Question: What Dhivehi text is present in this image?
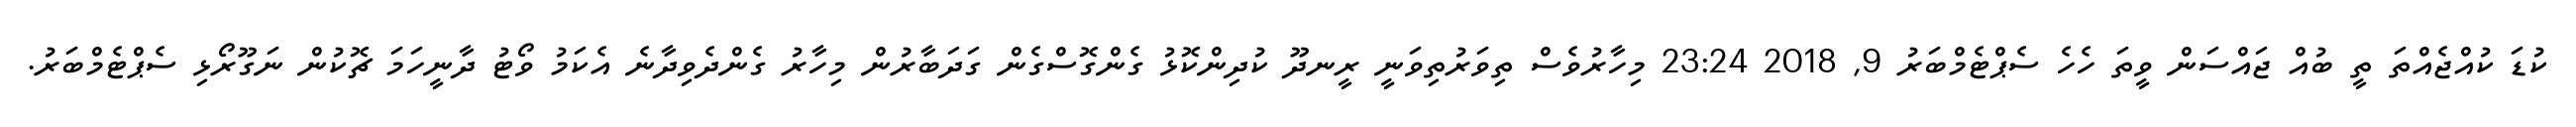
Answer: ކުޑަ ކުއްޖެއްތަ ތީ ބުއް ޖައްސަން ވީތަ ހެހެ ސެޕްޓެމްބަރު 9, 2018 23:24 މިހާރުވެސް ތިވަރުތިވަނީ ރީނދޫ ކުދިންކޮޅު ގެންގޮސްގެން ގަދަބާރުން މިހާރު ގެންދެވިދާނެ އެކަމު ވޯޓު ދާނީހަމަ ޗޮކުން ނަގޫރޯޅި ސެޕްޓެމްބަރު.